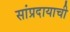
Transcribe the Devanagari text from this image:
सांप्रदायाची